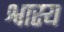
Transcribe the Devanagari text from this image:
श्वास्य